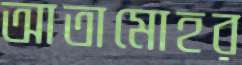
আতামোহর